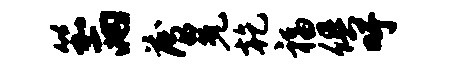
笳两薄冕乾福俱吁